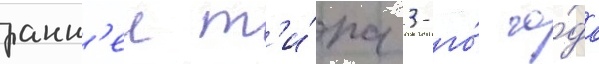
ранн'еи т'и́па 3-го́ го́да